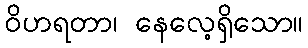
ဝိဟရတာ၊ နေလေ့ရှိသော။